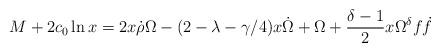
LaTeX: \begin{align*}M + 2 c_0 \ln x = 2 x \dot{\rho} \Omega -(2 - \lambda - \gamma /4) x \dot{\Omega}+ \Omega + \frac{\delta -1}{2} x \Omega^{\delta}f \dot{f}\end{align*}